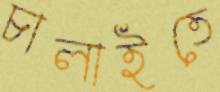
চালাইতে